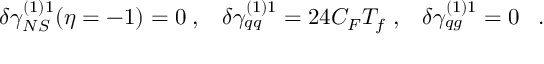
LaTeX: \delta \gamma _ { N S } ^ { ( 1 ) 1 } ( \eta = - 1 ) = 0 \; , \; \; \; \delta \gamma _ { q q } ^ { ( 1 ) 1 } = 2 4 C _ { F } T _ { f } \; , \; \; \; \delta \gamma _ { q g } ^ { ( 1 ) 1 } = 0 \; \; \; .